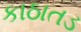
કાઠાતડ